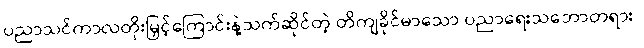
ပညာသင်ကာလတိုးမြှင့်ကြောင်းနဲ့သက်ဆိုင်တဲ့ တိကျခိုင်မာသော ပညာရေးသဘောတရား/